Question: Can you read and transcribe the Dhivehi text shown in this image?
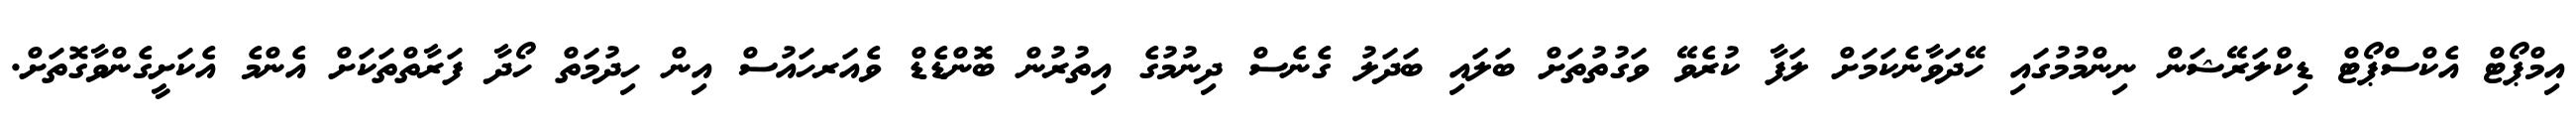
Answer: އިމްޕޯޓް އެކްސްޕޯޓް ޑިކްލަރޭޝަން ނިންމުމުގައި ހޭދަވާނެކަމަށް ލަފާ ކުރެވޭ ވަގުތުތަށް ބަލައި ބަދަލު ގެނެސް ދިނުމުގެ އިތުރުން ބޮންޑެޑް ވެއަރހައުސް އިން ހިދުމަތް ހޯދާ ފަރާތްތަކަށް އެންމެ އެކަށީގެންވާގޮތަށް.